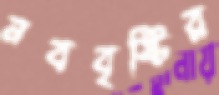
নববৃষ্টির